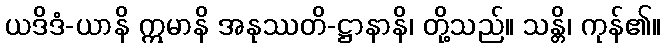
ယဒိဒံ-ယာနိ ဣမာနိ အနုဿတိ-ဋ္ဌာနာနိ၊ တို့သည်။ သန္တိ၊ ကုန်၏။